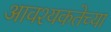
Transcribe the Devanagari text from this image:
आवश्यकतेच्या